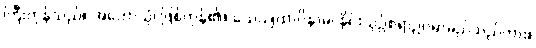
ကြီးကုန်သည်။ အဟောသုံ၊ ဖြစ်ကုန်၏။ သေယျထာပိနာမ၊ နိုင်းယှဉ်စရာဥပမာမည်သည်ကား။